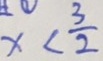
x < \frac { 3 } { 2 }